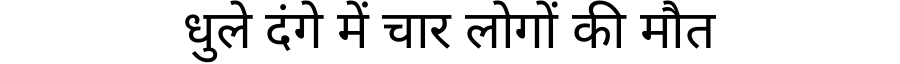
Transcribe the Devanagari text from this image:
धुले दंगे में चार लोगों की मौत